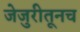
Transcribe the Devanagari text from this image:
जेजुरीतूनच